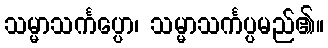
သမ္မာသင်္ကပ္ပော၊ သမ္မာသင်္ကပ္ပမည်၏။